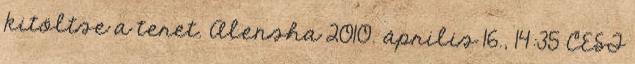
kitöltse a teret. Alensha 2010. április 16., 14:35 CEST